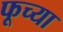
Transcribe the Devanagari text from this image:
फूच्या